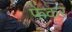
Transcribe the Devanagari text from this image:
फेंकर